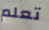
تعلم